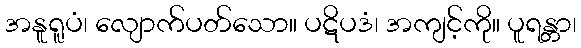
အနူရူပံ၊ လျောက်ပတ်သော။ ပဋိပဒံ၊ အကျင့်ကို။ ပူရန္တာ၊